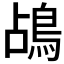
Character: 𪀄